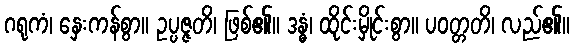
ဂရုကံ၊ နှေးကန်စွာ။ ဥပ္ပဇ္ဇတိ၊ ဖြစ်၏။ ဒန္ဓံ၊ ထိုင်းမှိုင်းစွာ။ ပဝတ္တတိ၊ လည်၏။